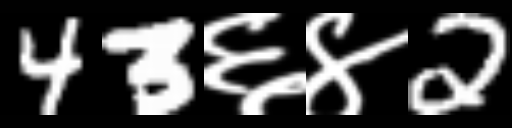
Text: 43६४2